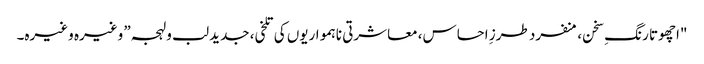
"اچھوتا رنگِ سخن، منفرد طرزِ احساس، معاشرتی ناہمواریوں کی تلخی، جدید لب و لہجہ” وغیرہ وغیرہ۔